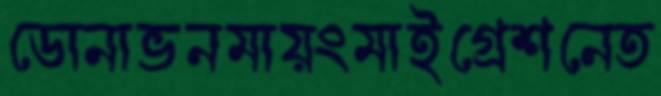
ডোনাভনমায়ংমাইগ্রেশনেত